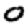
Digit: 0